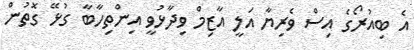
އެ ބިއުރޯގެ އިސް ވެރިޔާ އަލީ އާޒިމް ވިދާޅުވީ އިންތިހާބާ ގުޅޭ ގޮތުން